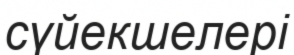
сүйекшелері